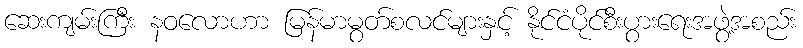
ဆေးကျမ်းကြီး နဝလောဟာ မြန်မာမွတ်စလင်များနှင့် နိုင်ငံပိုင်စီးပွားရေးအဖွဲ့အစည်း